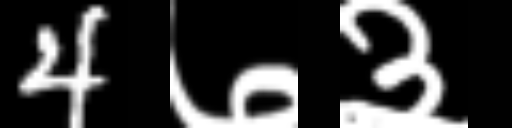
Text: 4७३